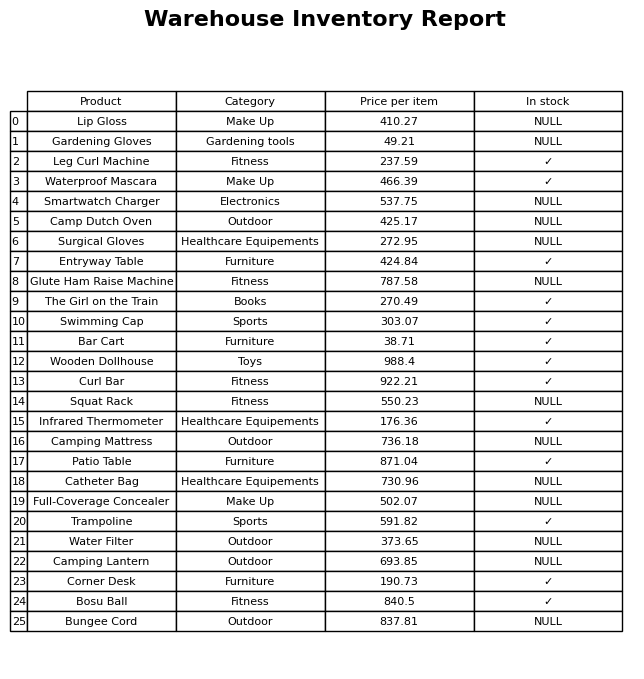
question: What category does the Camp Dutch Oven belong to?
answer: Outdoor